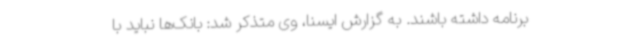
برنامه داشته باشند. به گزارش ایسنا، وی متذکر شد: بانک‌ها نباید با